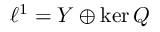
\ell ^ { 1 } = Y \oplus \ker Q